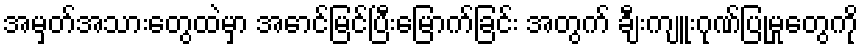
အမှတ်အသားတွေထဲမှာ အောင်မြင်ပြီးမြောက်ခြင်း အတွက် ချီးကျူးဂုဏ်ပြုမှုတွေကို